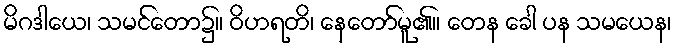
မိဂဒါယေ၊ သမင်တော၌။ ဝိဟရတိ၊ နေတော်မူ၏။ တေန ခေါ ပန သမယေန၊